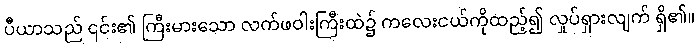
ပီယာသည် ၎င်း၏ ကြီးမားသော လက်ဖဝါးကြီးထဲ၌ ကလေးငယ်ကိုထည့်၍ လှုပ်ရှားလျက် ရှိ၏။